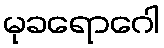
မုခရောဂေါ